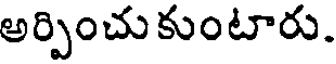
అర్పించుకుంటారు.